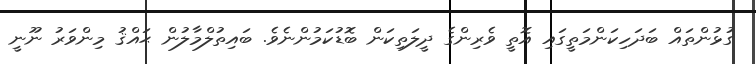
ގުޅުންތައް ބަދަހިކަންމަތީގައި އޮތީ ވެރިންގެ ދީލަތިކަން ބޮޑުކަމުންނެވެ. ބައިތުލްމާލުން ޙައްޤު މިންވަރު ނޫނީ